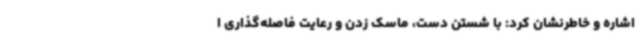
اشاره و خاطرنشان کرد: با شستن دست، ماسک زدن و رعایت فاصله‌گذاری ا